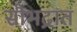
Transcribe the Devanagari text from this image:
सौभद्रात